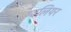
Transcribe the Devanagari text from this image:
ग्वलियर